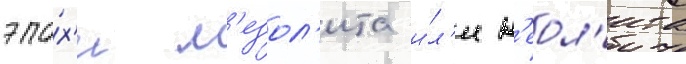
эпо́х'и м'езол'ита и́л'и н'еол'ита